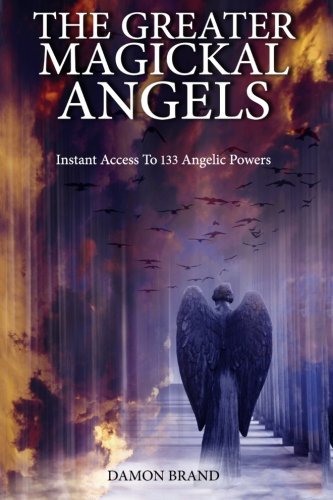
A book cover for The Greater Magickal Angels: Instant Access To 133 Angelic Powers; Damon Brand; Religion & Spirituality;